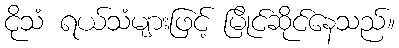
ငိုသံ ရယ်သံများဖြင့် မြိုင်ဆိုင်နေသည်။